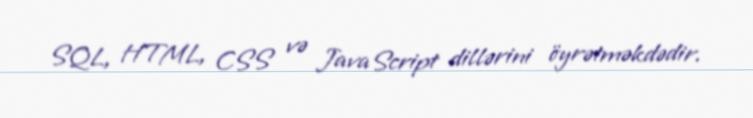
SQL, HTML, CSS və JavaScript dillərini öyrətməkdədir.